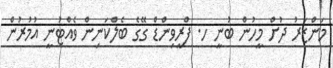
މަންޒަރު ދުށް މީހުން ބުނީ ހ. ފްރީވިންޑް ގޭގެ ބެލްކަނިން ވެއްޓުނީ އުމުރުން